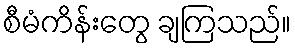
စီမံကိန်းတွေ ချကြသည်။